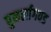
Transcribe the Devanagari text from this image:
पुनर्लागवड